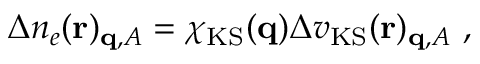
\begin{array} { r } { \Delta n _ { e } ( \mathbf { r } ) _ { \mathbf { q } , A } = \chi _ { \mathrm { K S } } ( \mathbf { q } ) \Delta v _ { \mathrm { K S } } ( \mathbf { r } ) _ { \mathbf { q } , A } \ , } \end{array}